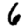
Digit: 6